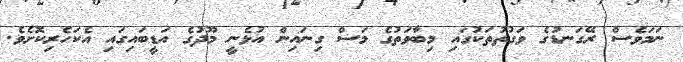
ނަމަވެސް ރޭގަނޑުގެ ވަގުތުތަކުގައި މިބާވަތުގެ މަސް ގިނައިން އުޅެނީ މޫދުގެ އަޑީބައިގައި އެކަހެރިކޮށެވެ.